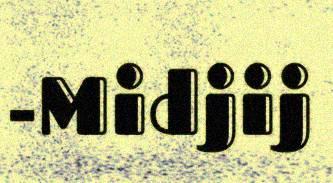
-Midjij